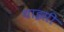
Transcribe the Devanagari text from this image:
थाइसी